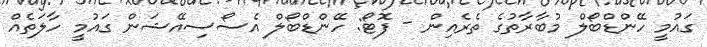
ގައުމީ ހޭންޑްބޯލް މުބާރާތުގެ ތެރެއިން - ފޮޓޯ: ހޭންޑްބޯލް އެސޯސިއޭޝަން ގައުމީ ހާލަތެއް